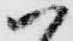
ハ